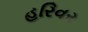
હરિવર